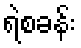
ရဲစခန်း